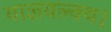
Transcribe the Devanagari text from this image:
याज्ञवल्क्य।